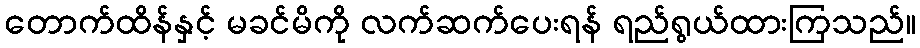
တောက်ထိန်နှင့် မခင်မိကို လက်ဆက်ပေးရန် ရည်ရွယ်ထားကြသည်။